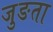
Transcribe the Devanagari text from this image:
जुङता